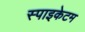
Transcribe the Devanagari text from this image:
स्पाइकेटम